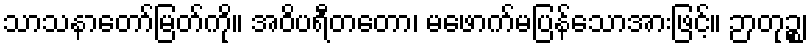
သာသနာတော်မြတ်ကို။ အဝိပရီတတော၊ မဖောက်မပြန်သောအားဖြင့်။ ဉာတုဉ္စ၊